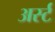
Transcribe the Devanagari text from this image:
अर्स्ट